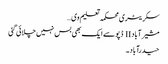
سکریٹری محکمہ تعلیم وی …
مشیرآباد II ڈپو سے ایک بھی بس نہیں چلائی گئی
حیدرآباد۔